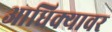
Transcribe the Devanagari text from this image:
आधिक्यावर